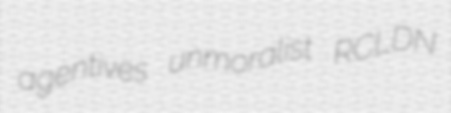
agentives unmoralist RCLDN